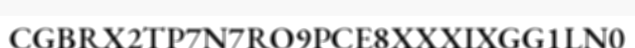
CGBRX2TP7N7RO9PCE8XXXIXGG1LN0